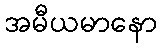
အမီယမာနော